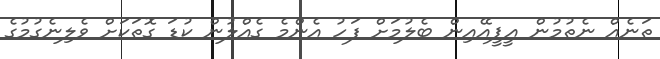
ތަނެއް ނެތުމުން އީޕީއޭއިން ބެލުމަށް ފަހު އެންމެ ގެއްލުން ކުޑަ ގޮތަކަށް ވެލިނެގުމުގެ